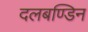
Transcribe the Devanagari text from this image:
दलबण्डिन